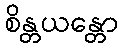
စိန္တယန္တော